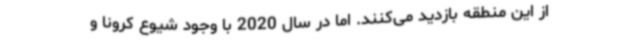
از این منطقه بازدید می‌کنند. اما در سال 2020 با وجود شیوع کرونا و